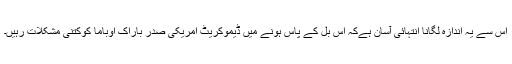
اس سے یہ اندازہ لگانا انتہائی آسان ہےکہ اس بل کے پاس ہونے میں ڈیموکریٹ امریکی صدر باراک اوباما کوکتنی مشکلات رہیں۔